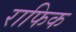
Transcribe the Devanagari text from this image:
राफिक